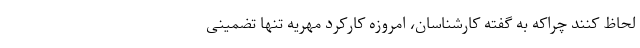
لحاظ کنند چراکه به گفته کارشناسان، امروزه کارکرد مهریه تنها تضمینی